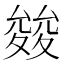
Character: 𭐪